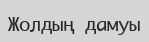
Жолдың дамуы